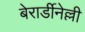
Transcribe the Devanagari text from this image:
बेरार्डीनेल्ली